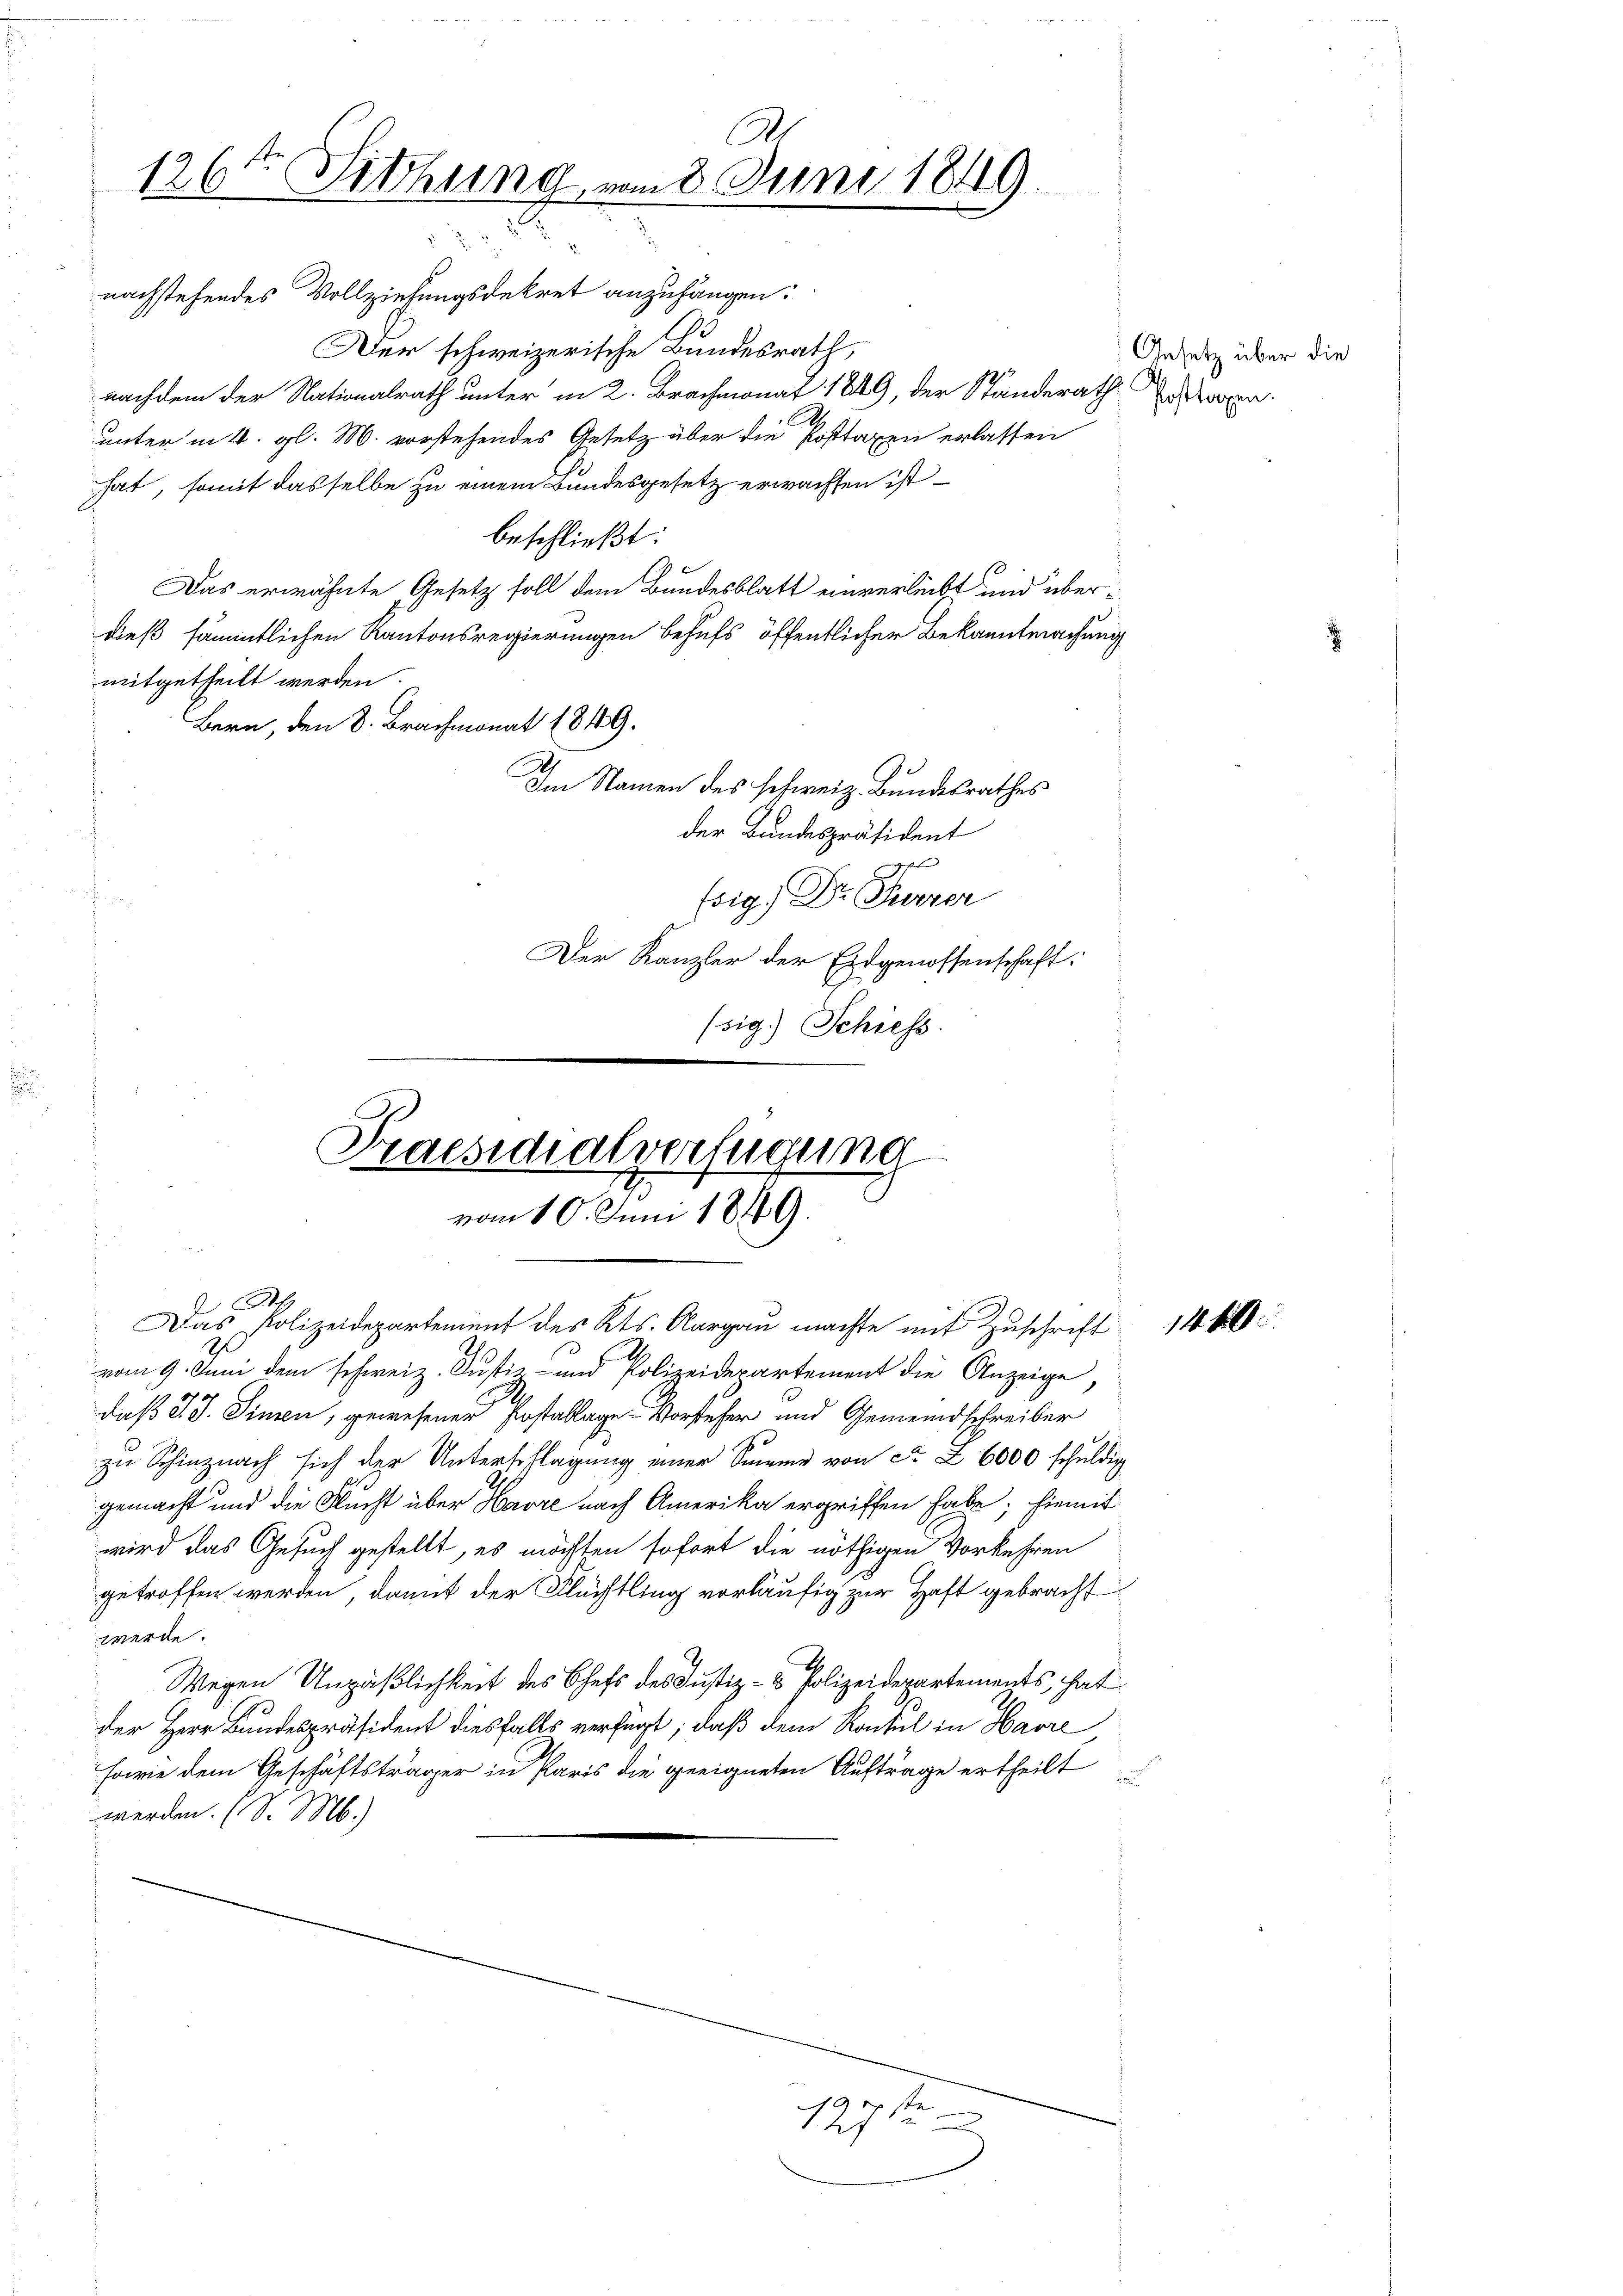
nachstehendes Vollziehungsdekret anzuhängen:
Der schweizerische Bundesrath,
nachdem der Nationalrath unter in 2. Brachmonat 1849, der Standerath Besorgen
E
unter in 4. gl. M. vorstehendes Gesetz über die Posttaxen erlassen
hat, somit dasselbe zu einem Bundesgesetz erwachten ist
beschließt:
Das erwähnte Gesetz soll dem Bundesblatt einverleibt und überdieß sämmtlichen Kantonsregierungen behufs öffentlicher Bekanntmachung
mitgetheilt werden
Bern, den 8. Brachmonat 1849.
Im Namen des schweiz. Bundesrathes
der Bundespräsident
2
s
sig) Dr. Furrer
Der Kanzler der Eidgenossenschaft:
(sig.) Schiess.
e

A
126ten Sitzung vom 8. Juni 1849.

Praesidialverfügung
vom 10. Juni 1849.

A
Das Polizeidepartement des Kts. Aargau machte mit Zuschrift
vom 9. Juni dem schweiz. Justiz- und Polizeiderartement die Anzeige
daß J. J. Sinnen, gewesener Postallage Vorsteher und Gemeindschreiber
zu Schinznach sich der Unterschlagung einer Summe von cr Z. 6000 schuldig
gemacht und die Flucht über Havre nach Amerika ergriffen habe; hiemit
wird das Gesuch gestellt, es möchten sofort die nöthigen Vorkehren
getroffen werden, damit der Flüchtling vorläufig zur Haft gebracht
werde.
Wegen Unpäßlichkeit des Chefs des Justiz- & Polizeidepartements, hat
der Herr Bundespräsident diesfalls verfügt, daß dem Konsul in Havre
Fowie dem Geschäftsträger in Paris die geeigneten Aufträge ertheilt
werden. (S. M.)

129 f

Gesetz über die

14.